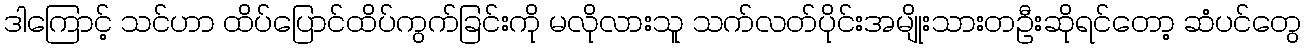
ဒါကြောင့် သင်ဟာ ထိပ်ပြောင်ထိပ်ကွက်ခြင်းကို မလိုလားသူ သက်လတ်ပိုင်းအမျိုးသားတဦးဆိုရင်တော့ ဆံပင်တွေ